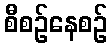
စီစဉ်နေစဉ်